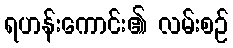
ရဟန်းကောင်း၏ လမ်းစဉ်